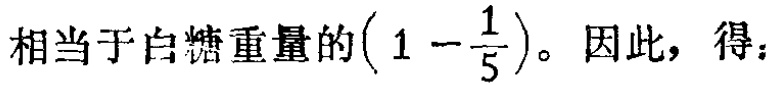
相当于白糖重量的\((1 - \frac{1}{5})\)。因此，得：